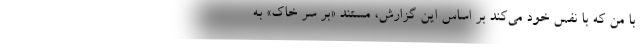
با من که با نفس خود می‌کند بر اساس این گزارش، مستند «بر سر خاک» به